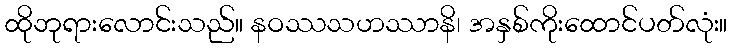
ထိုဘုရားလောင်းသည်။ နဝဿသဟဿာနိ၊ အနှစ်ကိုးထောင်ပတ်လုံး။